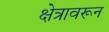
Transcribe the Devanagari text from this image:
क्षेत्रावरून